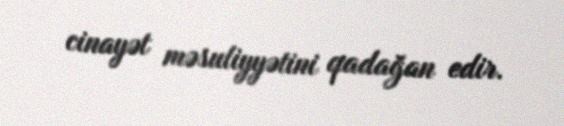
cinayət məsuliyyətini qadağan edir.